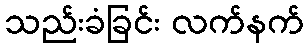
သည်းခံခြင်း လက်နက်